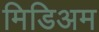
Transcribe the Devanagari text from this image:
मिडिअम